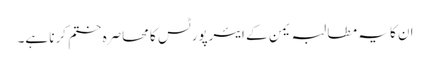
ان کا یہ مطالبہ یمن کے ایئرپورٹس کا محاصرہ ختم کرنا ہے۔